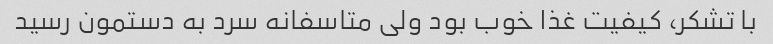
با تشکر، کیفیت غذا خوب بود ولی متاسفانه سرد به دستمون رسید